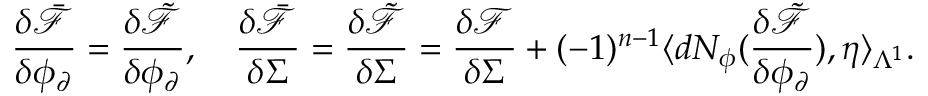
\frac { \delta \bar { \mathcal { F } } } { \delta \phi _ { \partial } } = \frac { \delta \tilde { \mathcal { F } } } { \delta \phi _ { \partial } } , \quad \frac { \delta \bar { \mathcal { F } } } { \delta \Sigma } = \frac { \delta \tilde { \mathcal { F } } } { \delta \Sigma } = \frac { \delta \mathcal { F } } { \delta \Sigma } + ( - 1 ) ^ { n - 1 } \langle d N _ { \phi } ( \frac { \delta \tilde { \mathcal { F } } } { \delta \phi _ { \partial } } ) , \eta \rangle _ { \Lambda ^ { 1 } } .